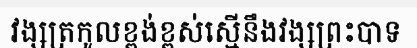
វង្សត្រកូលខ្ពង់ខ្ពស់ស្មើនឹងវង្សព្រះបាទ